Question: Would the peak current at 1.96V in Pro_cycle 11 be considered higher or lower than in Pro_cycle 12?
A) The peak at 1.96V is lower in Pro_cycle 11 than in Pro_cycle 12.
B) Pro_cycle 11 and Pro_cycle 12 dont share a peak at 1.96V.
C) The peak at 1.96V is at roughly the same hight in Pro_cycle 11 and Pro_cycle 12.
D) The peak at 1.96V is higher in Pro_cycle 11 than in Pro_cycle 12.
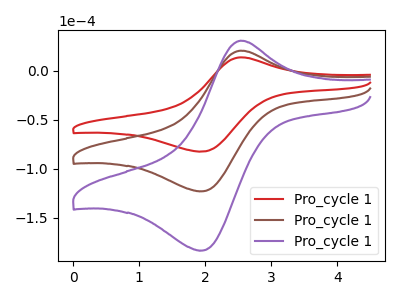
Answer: <think>The red curve "Pro_cycle 11" has an anodic peak at (2.55V, 13.85uA) and a cathodic peak at (1.95V, -82.45uA). The brown curve "Pro_cycle 12" has an anodic peak at (2.55V, 20.70uA) and a cathodic peak at (1.95V, -123.00uA). The purple curve "Pro_cycle 13" has an anodic peak at (2.55V, 41.40uA) and a cathodic peak at (1.95V, -246.00uA).</think>
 <answer>A) The peak at 1.96V is lower in "Pro_cycle 11" than in "Pro_cycle 12".</answer>
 <eval>A</eval>